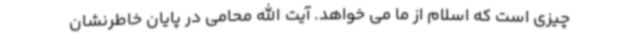
چیزی است که اسلام از ما می خواهد. آیت الله محامی در پایان خاطرنشان